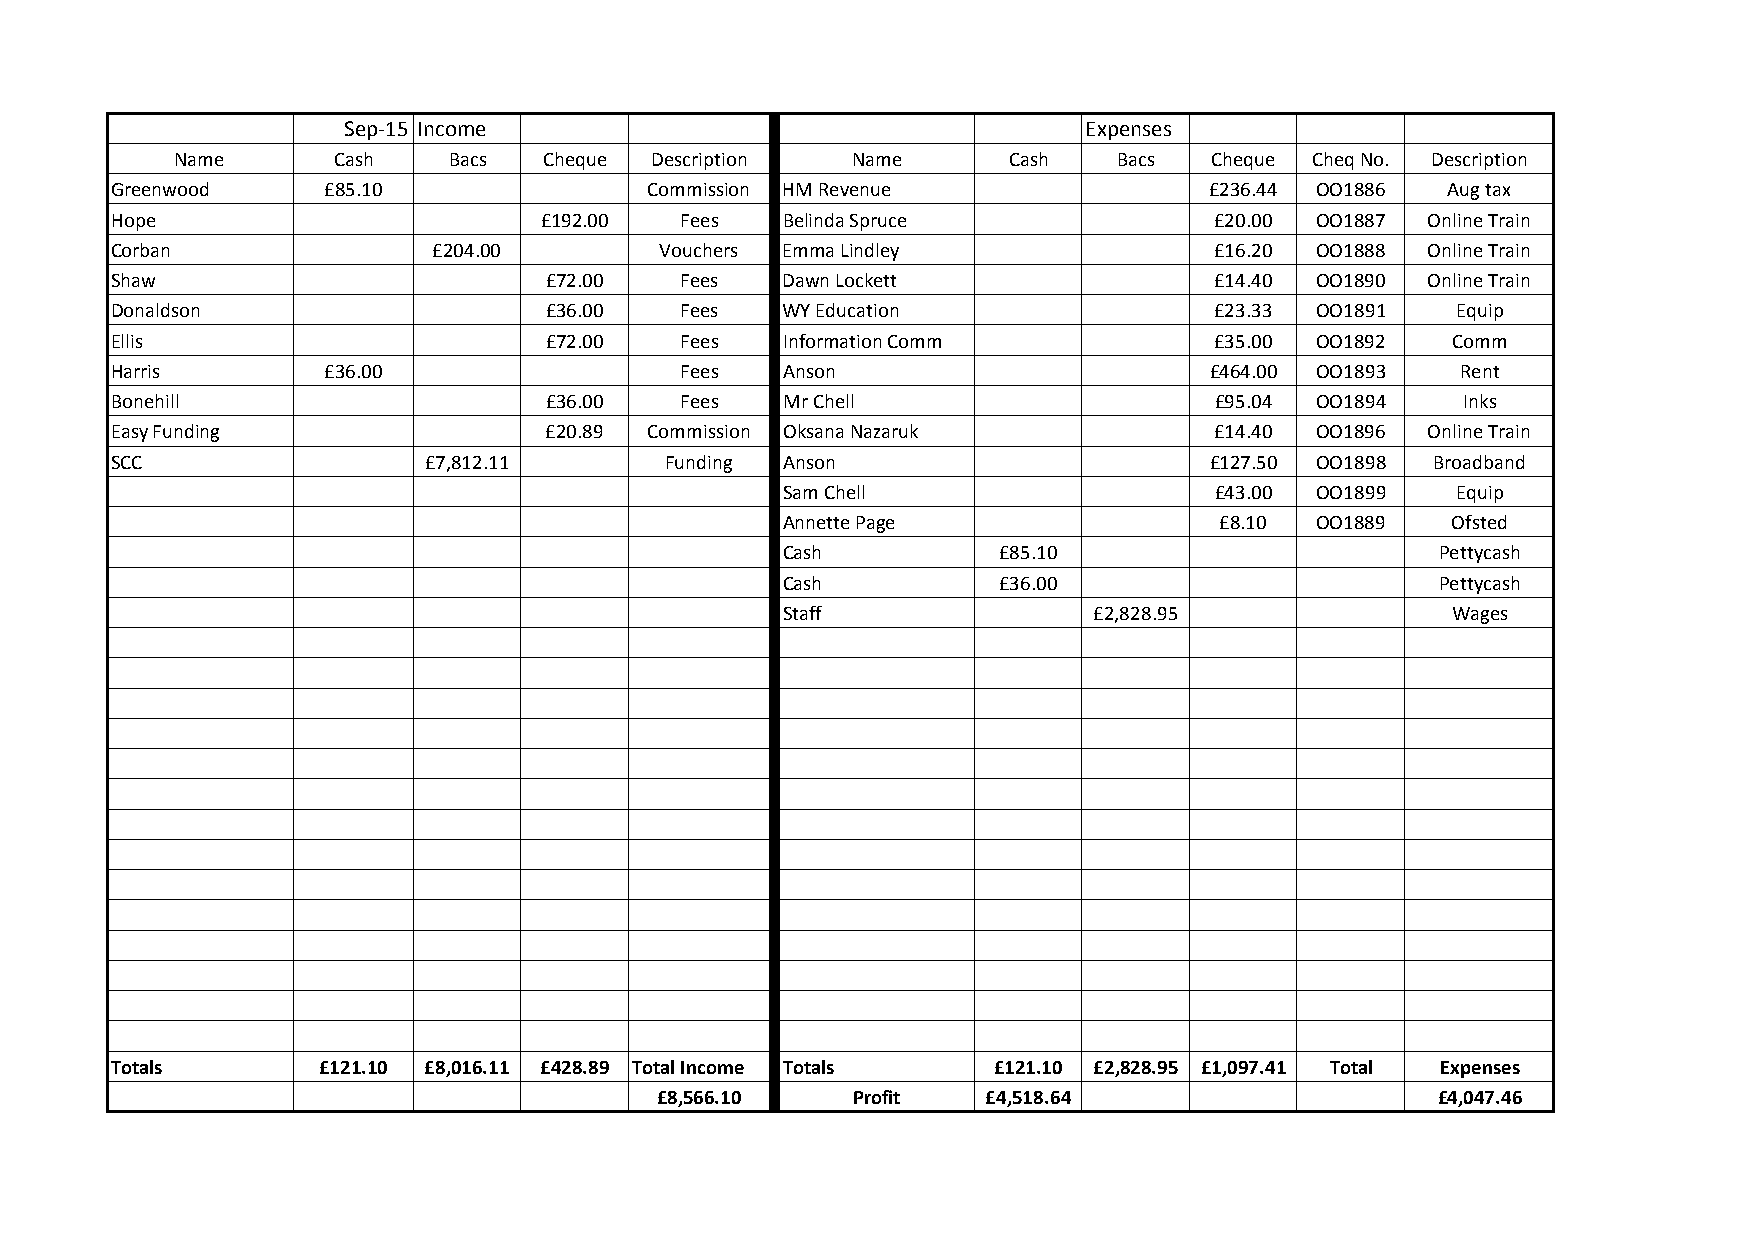
Sep-15 Income                                    Expenses
 Name      Cash    Bacs  Cheque Description  Name       Cash   Bacs  Cheque Cheq No. Description
 Greenwood      £85.10               Commission HM Revenue                £236.44 OO1886  Aug tax
 Hope                         £192.00  Fees   Belinda Spruce              £20.00 OO1887  Online Train
 Corban                £204.00        Vouchers Emma Lindley               £16.20 OO1888  Online Train
 Shaw                         £72.00   Fees   Dawn Lockett                £14.40 OO1890  Online Train
 Donaldson                    £36.00   Fees   WY Education                £23.33 OO1891   Equip
 Ellis                        £72.00   Fees   Information Comm            £35.00 OO1892   Comm
 Harris         £36.00                 Fees   Anson                       £464.00 OO1893   Rent
 Bonehill                     £36.00   Fees   Mr Chell                    £95.04 OO1894    Inks
 Easy Funding                 £20.89 Commission Oksana Nazaruk            £14.40 OO1896  Online Train
 SCC                  £7,812.11       Funding Anson                       £127.50 OO1898 Broadband
 Sam Chell                   £43.00 OO1899   Equip
 Annette Page                 £8.10 OO1889   Ofsted
 Cash          £85.10                       Pettycash
 Cash          £36.00                       Pettycash
 Staff               £2,828.95               Wages
 Totals        £121.10 £8,016.11 £428.89 Total Income Totals £121.10 £2,828.95 £1,097.41 Total Expenses
 £8,566.10    Profit   £4,518.64                     £4,047.46